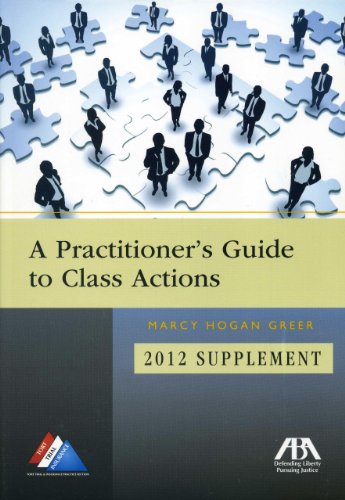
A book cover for A Practitioner's Guide to Class Actions: 2012 Supplement; Marcy Greer; Law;